Civil Veterinary Department Bihar reports 1936-40 - 1936-1940
Year: 1936
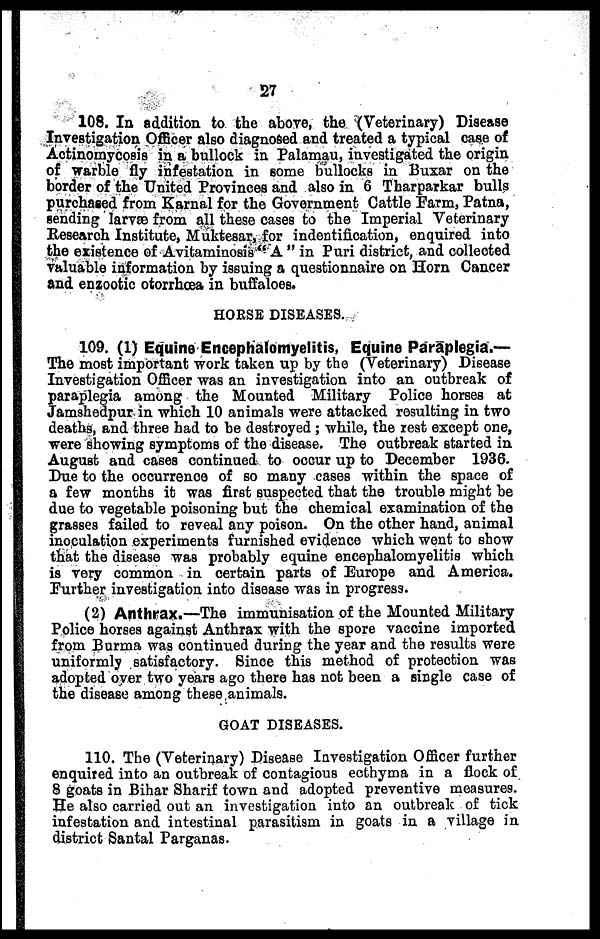
27
108. In addition to the above, the (Veterinary) Disease
Investigation Officer also diagnosed and treated a typical case of
Actinomycosis in a bullock in Palamau, investigated the origin
of warble fly infestation in some bullocks in Buxar on the
border of the United Provinces and also in 6 Tharparkar bulls
purchased from Karnal for the Government Cattle Farm, Patna,
sending larvæ from all these cases to the Imperial Veterinary
Research Institute, Muktesar, for indentification, enquired into
the existence of Avitaminosis "A" in Puri district, and collected
valuable information by issuing a questionnaire on Horn Cancer
and enzootic otorrhœa in buffaloes.
HORSE DISEASES.
109. (1) Equine Encephalomyelitis, Equine Paraplegia.—
The most important work taken up by the (Veterinary) Disease
Investigation Officer was an investigation into an outbreak of
paraplegia among the Mounted Military Police horses at
Jamshedpur in which 10 animals were attacked resulting in two
deaths, and three had to be destroyed; while, the rest except one,
were showing symptoms of the disease. The outbreak started in
August and cases continued to occur up to December 1936.
Due to the occurrence of so many cases within the space of
a few months it was first suspected that the trouble might be
due to vegetable poisoning but the chemical examination of the
grasses failed to reveal any poison. On the other hand, animal
inoculation experiments furnished evidence which went to show
that the disease was probably equine encephalomyelitis which
is very common in certain parts of Europe and America.
Further investigation into disease was in progress.
(2) Anthrax.—The immunisation of the Mounted Military
Police horses against Anthrax with the spore vaccine imported
from Burma was continued during the year and the results were
uniformly satisfactory. Since this method of protection was
adopted over two years ago there has not been a single case of
the disease among these animals.
GOAT DISEASES.
110. The (Veterinary) Disease Investigation Officer further
enquired into an outbreak of contagious ecthyma in a flock of
8 goats in Bihar Sharif town and adopted preventive measures.
He also carried out an investigation into an outbreak of tick
infestation and intestinal parasitism in goats in a village in
district Santal Parganas.